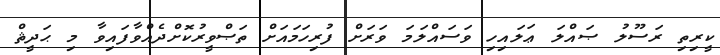
ކީރިތި ރަސޫލު ޞައްލަ ޢަލައިހި ވަސައްލަމަ ވަރަށް ފުރިހަމައަށް ތަޞްވީރުކޮށްދެއްވާފައިވާ މި ޙަދީޘް